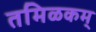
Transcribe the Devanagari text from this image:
तमिळकम्‌